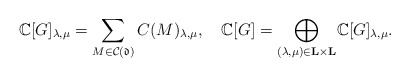
\begin{align*}\Bbb C[G]_{\lambda,\mu}=\sum_{M\in\mathcal{C}(\frak d)} C(M)_{\lambda,\mu}, \ \ \ \Bbb C[G]=\underset{{(\lambda,\mu)\in{\bf L}\times{\bf L}}}{\bigoplus}\Bbb C[G]_{\lambda,\mu}.\end{align*}